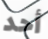
أحد